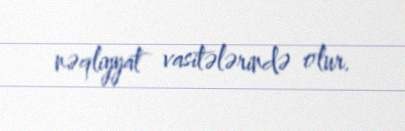
nəqliyyat vasitələrində olur.